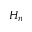
H _ { n }